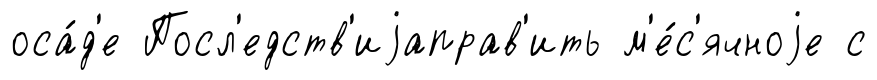
оса́д'е Посл'едств'иjаправ'ить м'е́с'ячноjе с